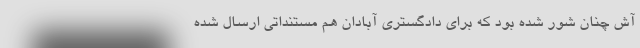
آش چنان شور شده بود که برای دادگستری آبادان هم مستنداتی ارسال شده